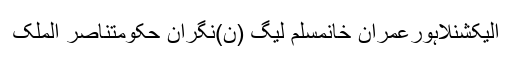
الیکشنلاہورعمران خانمسلم لیگ (ن)نگران حکومتناصر الملک